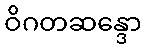
ဝိဂတဆန္ဒော